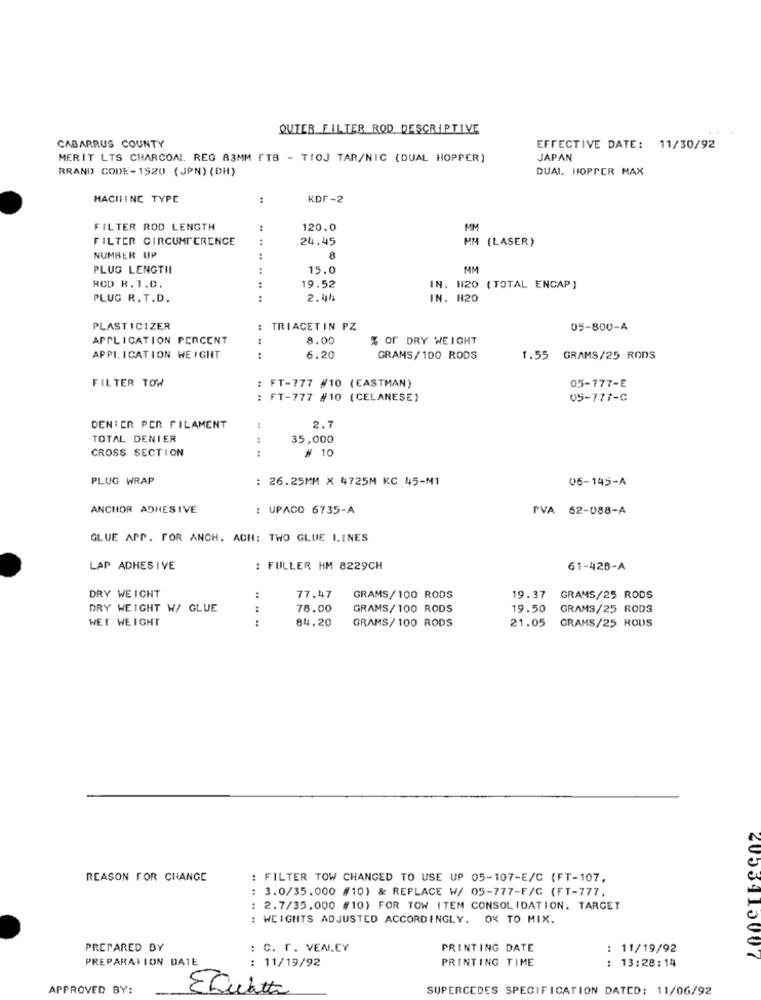
OUTER FILTER ROD DESCRIPTIVE
CABARRUS COUNTY
EFFECTIVE DATE: 11/30/92
MERIT LTS CHARCOAL. REG 83MM FTB - TIOJ TAR/NIC (DUAL HOPPER)
JAPAN
BRAND CODE-1920 (JPN) (DH)
DUAL, HOPPER MAX
MACHINE TYPE
KDF-2
FILTER ROD LENGTH
:
120.0
MM
FILTER CIRCUMFERENCE
:
24.45
I (LASER)
NUMBER UP
:
PLUG LENGTII
..
15.0
MM
RCD R.7.D.
19.52
IN. 120 ( TOTAL ENCAP)
PLUG R. T.D.
.. ..
2.41
IN. H20
PLASTICIZER
TRIACETIN PZ
05-800-A
APPLICATION PERCENT
8.00
% OF DRY WEIGHT
APPLICATION WEIGHT
....
6.20
GRAMS/100 RODS
1.55 GRAMS/25 RODS
FILTER TOW
: FT-777 #10 (EASTMAN)
05-777-E
FT-777 #10 (CELANESE)
..
05-777-C
DENIER PER FILAMENT
2.7
TOTAL DENIER
35,000
CROSS SECTION
.. .
# 10
PLUG WRAP
: 26.25MM X 4725M KC 45-M1
06-145-A
ANCHOR ADHESIVE
UPACO 6735-A
IVA 62-088-A
GLUE APP. FOR ANCH. ACH: TWO GLUE LINES
LAP ADHESIVE
: FULLER HM 8229CH
61-428-A
DRY WEIGHT
:
77.47
GRAMS/100 RODS
19.37
GRAMS/25 RODS
DRY WEIGHT W/ GLUE
:
78.00
GRAMS/100 RODS
19.50
GRAMS/25 RODS
WET WEIGHT
84.20
GRAMS/ 100 RODS
21.05 GRAMS/25 ROUS
REASON FOR CHANGE
: FILTER TOW CHANGED TO USE UP 05-107-E/C (FT-107,
: 3.0/35.000 #10) & REPLACE W/ 05-777-F/C (FT-777,
: 2.7/35,000 #10) FOR TOW ITEM CONSOLIDATION. TARGET
: WEIGHTS ADJUSTED ACCORDINGLY. OX TO MIX.
PREPARED BY
: C. F. VENICY
PRINTING DATE
: 11/19/92
PREPARATION DATE
: 11/19/92
PRINTING TIME
2055910007
: 13:28:14
APPROVED BY:
SUPERCEDES SPECIFICATION DATCD: 11/06/92